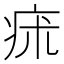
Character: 㾁